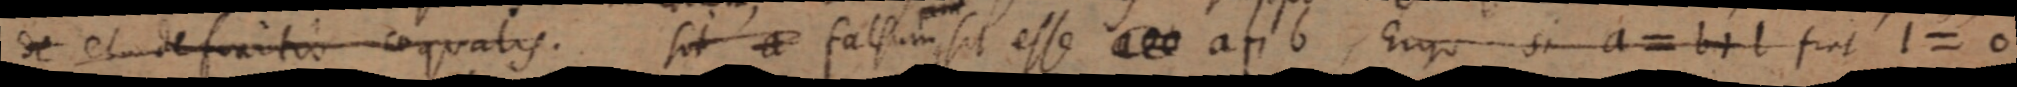
de et definitio aequalis. Sit a falsum sit esse _ a п b, Ergo si a = b + l fiet l = 0